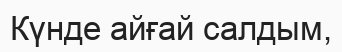
Күнде айғай салдым,